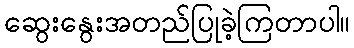
ဆွေးနွေးအတည်ပြုခဲ့ကြတာပါ။